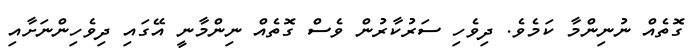
ގޮތެއް ނުނިންމާ ކަމެވެ. ދިވެހި ސަރުކާރުން ވެސް ގޮތެއް ނިންމާނީ އޭގައި ދިވެހިންނަށާއި